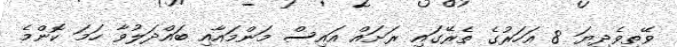
ވޭތިވެދިޔަ 8 އަހަރުގެ ތެރޭގައި ރަށައް އައިސް މަންމައާއި ބައްދަލުވާ ހަމަ ކޮންމެ